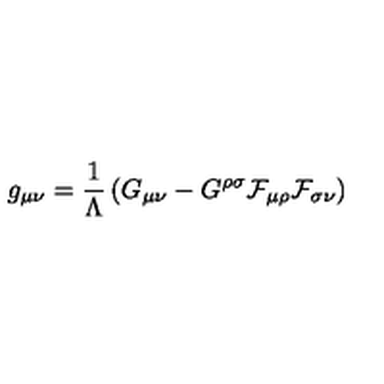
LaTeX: g _ { \mu \nu } = \frac { 1 } { \Lambda } \left( G _ { \mu \nu } - G ^ { \rho \sigma } \cal { F } _ { \mu \rho } \cal { F } _ { \sigma \nu } \right)